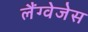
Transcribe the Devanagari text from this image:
लैंग्वेजेस